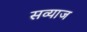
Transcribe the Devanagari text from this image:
सव्याज